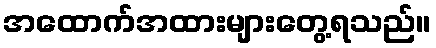
အထောက်အထားများတွေ့ရသည်။